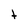
Character: t